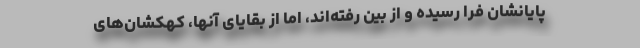
پایانشان فرا رسیده و از بین رفته‌اند، اما از بقایای آنها، کهکشان‌های